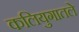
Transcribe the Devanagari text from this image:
कलियुगातले